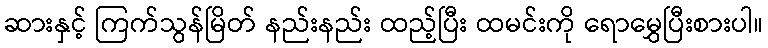
ဆားနှင့် ကြက်သွန်မြိတ် နည်းနည်း ထည့်ပြီး ထမင်းကို ရောမွှေပြီးစားပါ။